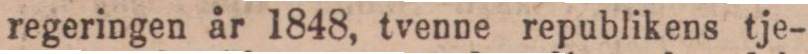
regeringen år 1848, tvenne republikens tje-